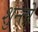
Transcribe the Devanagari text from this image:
शुन्तो